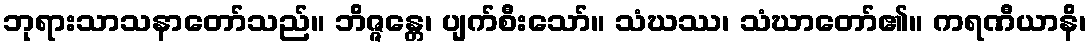
ဘုရားသာသနာတော်သည်။ ဘိဇ္ဇန္တေ၊ ပျက်စီးသော်။ သံဃဿ၊ သံဃာတော်၏။ ကရဏီယာနိ၊